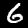
Digit: 6